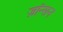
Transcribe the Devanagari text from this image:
ज़ॉन्सन